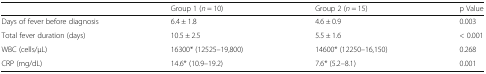
<table><thead><tr><td></td><td><b>Group 1 (<i>n</i> = 10)</b></td><td><b>Group 2 (<i>n</i> = 15)</b></td><td><b>p Value</b></td></tr></thead><tbody><tr><td>Days of fever before diagnosis</td><td>6.4 ± 1.8</td><td>4.6 ± 0.9</td><td>0.003</td></tr><tr><td>Total fever duration (days)</td><td>10.5 ± 2.5</td><td>5.5 ± 1.6</td><td>&lt; 0.001</td></tr><tr><td>WBC (cells/μL)</td><td>16300* (12525–19,800)</td><td>14600* (12250–16,150)</td><td>0.268</td></tr><tr><td>CRP (mg/dL)</td><td>14.6* (10.9–19.2)</td><td>7.6* (5.2–8.1)</td><td>0.001</td></tr></tbody></table>